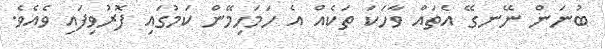
ބުނަން ނޭނގޭ އެތައް ވާހަކަ ތަކެއް އެ ހަމަހިމޭން ކަމުގައި ފޮރުވިފައި ވެއެވެ.